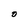
Character: O